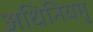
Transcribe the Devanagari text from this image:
अधिनियमृ